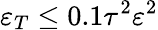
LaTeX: \varepsilon_{T}\leq 0.1\tau^{2}\varepsilon^{2}